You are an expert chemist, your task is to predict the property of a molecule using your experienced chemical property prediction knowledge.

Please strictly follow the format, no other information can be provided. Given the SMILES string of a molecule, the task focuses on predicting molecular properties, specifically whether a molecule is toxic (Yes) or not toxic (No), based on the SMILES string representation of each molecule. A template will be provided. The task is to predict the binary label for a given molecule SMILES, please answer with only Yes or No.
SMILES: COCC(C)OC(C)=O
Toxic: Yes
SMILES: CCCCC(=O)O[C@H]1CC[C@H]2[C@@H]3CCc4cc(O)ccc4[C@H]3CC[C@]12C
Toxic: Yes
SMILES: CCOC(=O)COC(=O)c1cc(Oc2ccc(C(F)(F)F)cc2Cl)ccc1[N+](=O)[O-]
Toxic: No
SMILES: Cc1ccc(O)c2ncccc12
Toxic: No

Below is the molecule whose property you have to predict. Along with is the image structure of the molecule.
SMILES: COC(=O)[C@]12CCC(C)(C)C[C@H]1[C@H]1C(=O)C=C3[C@@](C)(CC[C@H]4C(C)(C)C(=O)C(C#N)=C[C@]34C)[C@]1(C)CC2
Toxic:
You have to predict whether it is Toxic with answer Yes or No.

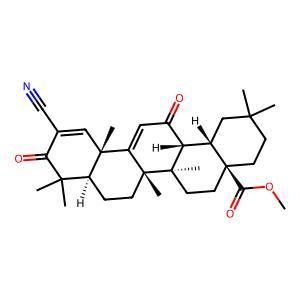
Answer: No